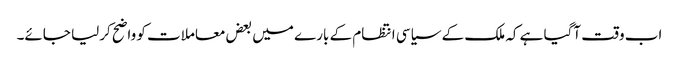
اب وقت آگیا ہے کہ ملک کے سیاسی انتظام کے بارے میں بعض معاملات کو واضح کرلیا جائے۔